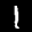
Label: 1